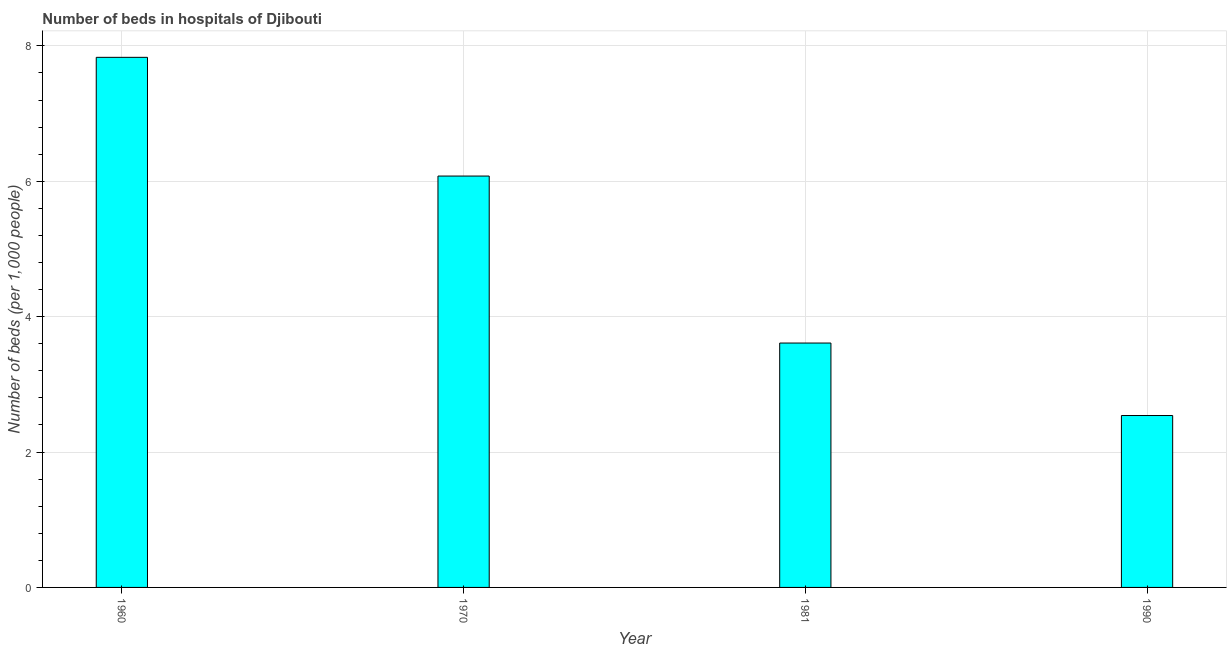
| Year | Hospital beds |
 | --- | --- |
 | 1960 | 7.83 |
 | 1970 | 6.08 |
 | 1981 | 3.61 |
 | 1990 | 2.54 |